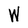
Character: W